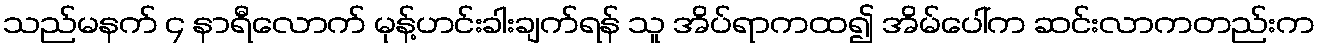
သည်မနက် ၄ နာရီလောက် မုန့်ဟင်းခါးချက်ရန် သူ အိပ်ရာကထ၍ အိမ်ပေါ်က ဆင်းလာကတည်းက